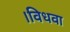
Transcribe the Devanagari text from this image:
।विधवा